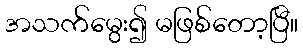
အသက်မွေး၍ မဖြစ်တော့ပြီ။